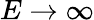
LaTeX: E\to\infty